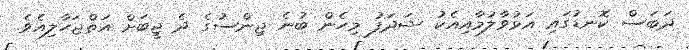
ދަބަސް ކޮނޑުގައި އަޅުވާލުމާއިއެކު ޝަދަފު މިހެން ބުނެ ޖިންސުގެ ދެ ޖީބަށް އަތްޖަހާލިއެވެ.